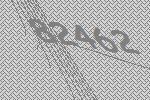
82462